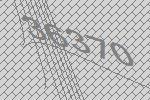
36370